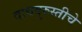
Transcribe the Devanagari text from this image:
वाद्यदुरुस्तीचे